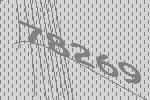
78269